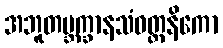
အဘူတဗ္ဘက္ခာနသံဝတ္တနိကော